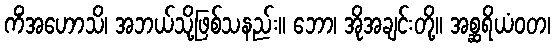
ကိံအဟောသိ၊ အဘယ်သို့ဖြစ်သနည်း။ ဘော၊ အိုအချင်းတို့။ အစ္ဆရိယံဝတ၊